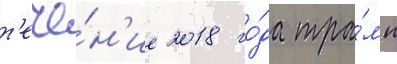
т'ече́н'ие 2018 го́да тра́мп